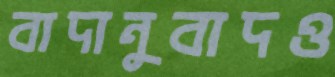
বাদানুবাদও